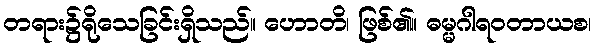
တရား၌ရိုသေခြင်းရှိသည်။ ဟောတိ၊ ဖြစ်၏။ ဓမ္မဂါရဝတာယစ၊